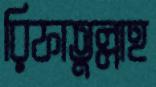
রিফাতুল্লাহ